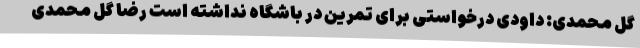
گل محمدی: داودی درخواستی برای تمرین در باشگاه نداشته است رضا گل محمدی